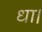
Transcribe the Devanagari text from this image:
धा।